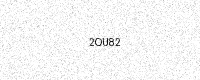
Text: 2OU82